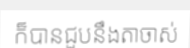
ក៏បានជួបនឹងតាចាស់